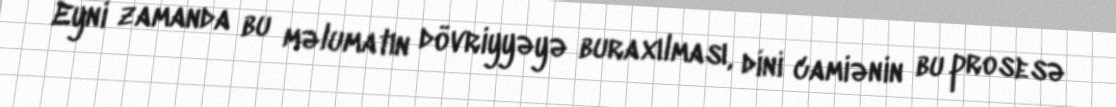
Eyni zamanda bu məlumatın dövriyyəyə buraxılması, dini camiənin bu prosesə